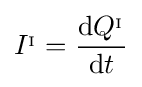
I^{_{\mathrm {I} }}={\frac {\mathrm {d} Q^{_{\mathrm {I} }}}{\mathrm {d} t}}